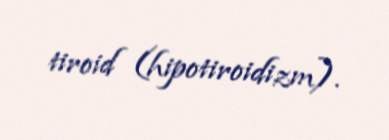
tiroid (hipotiroidizm).